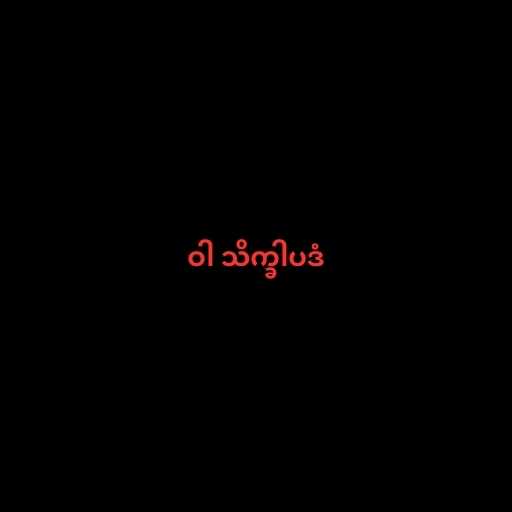
ဝါ သိက္ခါပဒံ